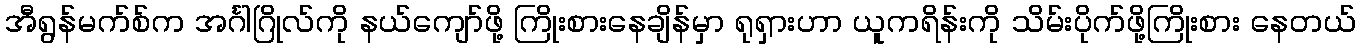
အီရွန်မက်စ်က အင်္ဂါဂြိုလ်ကို နယ်ကျော်ဖို့ ကြိုးစားနေချိန်မှာ ရုရှားဟာ ယူကရိန်းကို သိမ်းပိုက်ဖို့ကြိုးစား နေတယ်